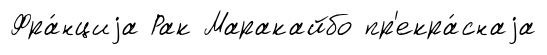
Фра́нциjа Рак Маракайбо пр'екра́снаjа